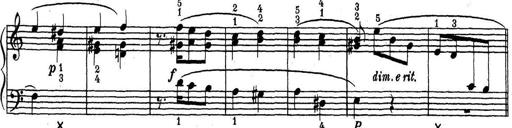
Title: ÄŒeskÃ© Sonatiny
Composer: Various